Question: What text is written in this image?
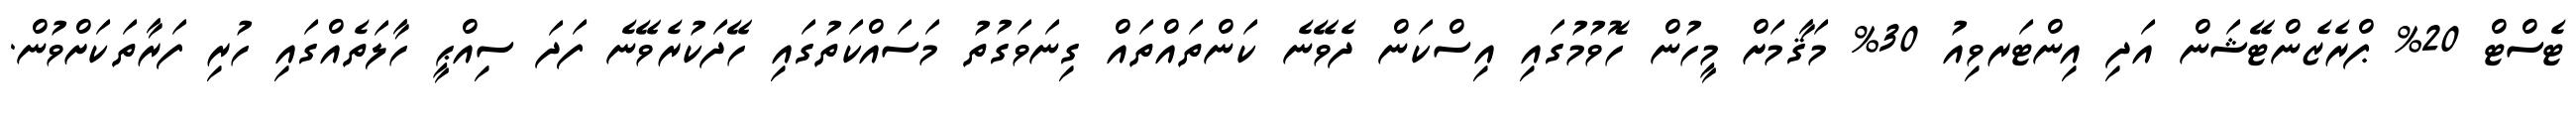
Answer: ޓެސްޓް 20% ޕްރެޒެންޓޭޝަން އަދި އިންޓަރވިއު 30% މަޤާމަށް މީހުން ހޮވުމުގައި އިސްކަން ދެވޭނެ ކަންތައްތައް ގިނަވަގުތު މަސައްކަތުގައި ހޭދަކުރެވޭނެ ފަދަ ސިއްޙީ ހާލަތެއްގައި ހުރި ފަރާތަކަށްވުން.